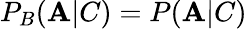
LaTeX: P_{B}(\mathbf{A}|C)=P(\mathbf{A}|C)